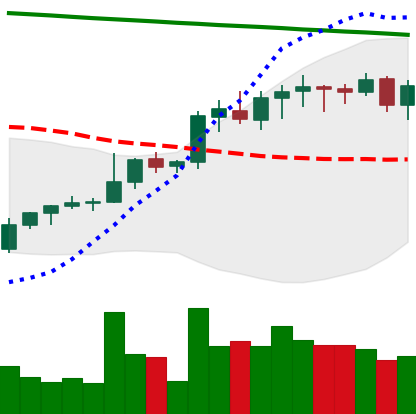
Ticker: LINK-USD
Chart end date: 2021-08-09
Forward return: 11.809%
Label: up_7plus